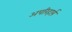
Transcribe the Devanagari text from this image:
अपरिहार्य़